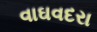
વાઘવદરા